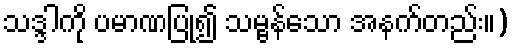
သဒ္ဒါကို ပမာဏပြု၍ သမ္ဗန်သော အနက်တည်း။)